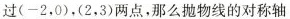
过(-2，0)，(2，3)两点，那么抛物线的对称轴